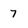
Character: 7